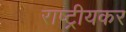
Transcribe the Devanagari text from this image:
राष्ट्रीयकर